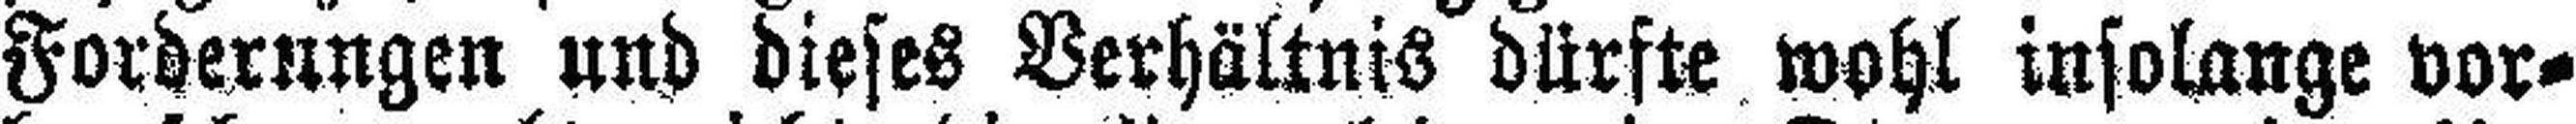
Forderungen und dieses Verhältnis dürfte wohl insolange vor¬